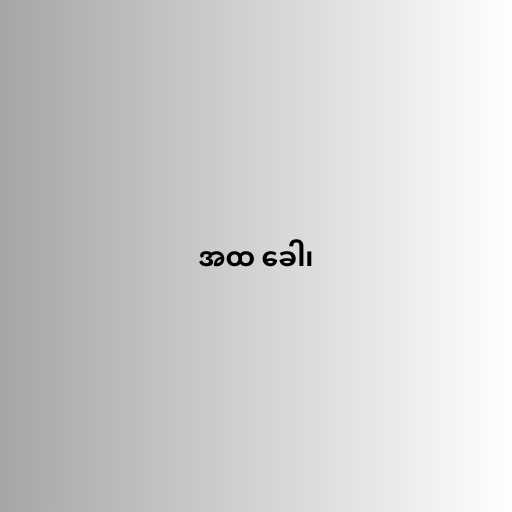
အထ ခေါ၊